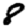
Digit: 8